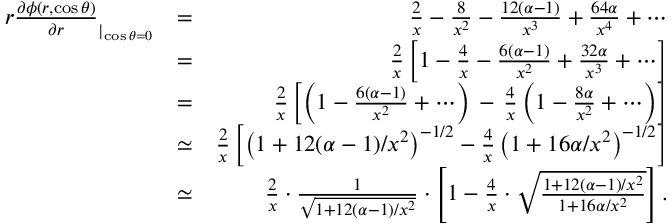
\begin{array} { r l r } { r \frac { \partial \phi ( r , \cos \theta ) } { \partial r } _ { | _ { \cos \theta = 0 } } } & { = } & { \frac { 2 } { x } - \frac { 8 } { x ^ { 2 } } - \frac { 1 2 ( \alpha - 1 ) } { x ^ { 3 } } + \frac { 6 4 \alpha } { x ^ { 4 } } + \cdots } \\ & { = } & { \frac { 2 } { x } \left[ 1 - \frac { 4 } { x } - \frac { 6 ( \alpha - 1 ) } { x ^ { 2 } } + \frac { 3 2 \alpha } { x ^ { 3 } } + \cdots \right] } \\ & { = } & { \frac { 2 } { x } \left[ \left( 1 - \frac { 6 ( \alpha - 1 ) } { x ^ { 2 } } + \cdots \right) \, - \, \frac { 4 } { x } \left( 1 - \frac { 8 \alpha } { x ^ { 2 } } + \cdots \right) \right] } \\ & { \simeq } & { \frac { 2 } { x } \left[ \left( 1 + 1 2 ( \alpha - 1 ) / x ^ { 2 } \right) ^ { - 1 / 2 } - \frac { 4 } { x } \left( 1 + 1 6 \alpha / x ^ { 2 } \right) ^ { - 1 / 2 } \right] } \\ & { \simeq } & { \frac { 2 } { x } \cdot \frac { 1 } { \sqrt { 1 + 1 2 ( \alpha - 1 ) / x ^ { 2 } } } \cdot \left[ 1 - \frac { 4 } { x } \cdot \sqrt { \frac { 1 + 1 2 ( \alpha - 1 ) / x ^ { 2 } } { 1 + 1 6 \alpha / x ^ { 2 } } } \right] . } \end{array}